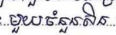
មួយចំនួនសិន